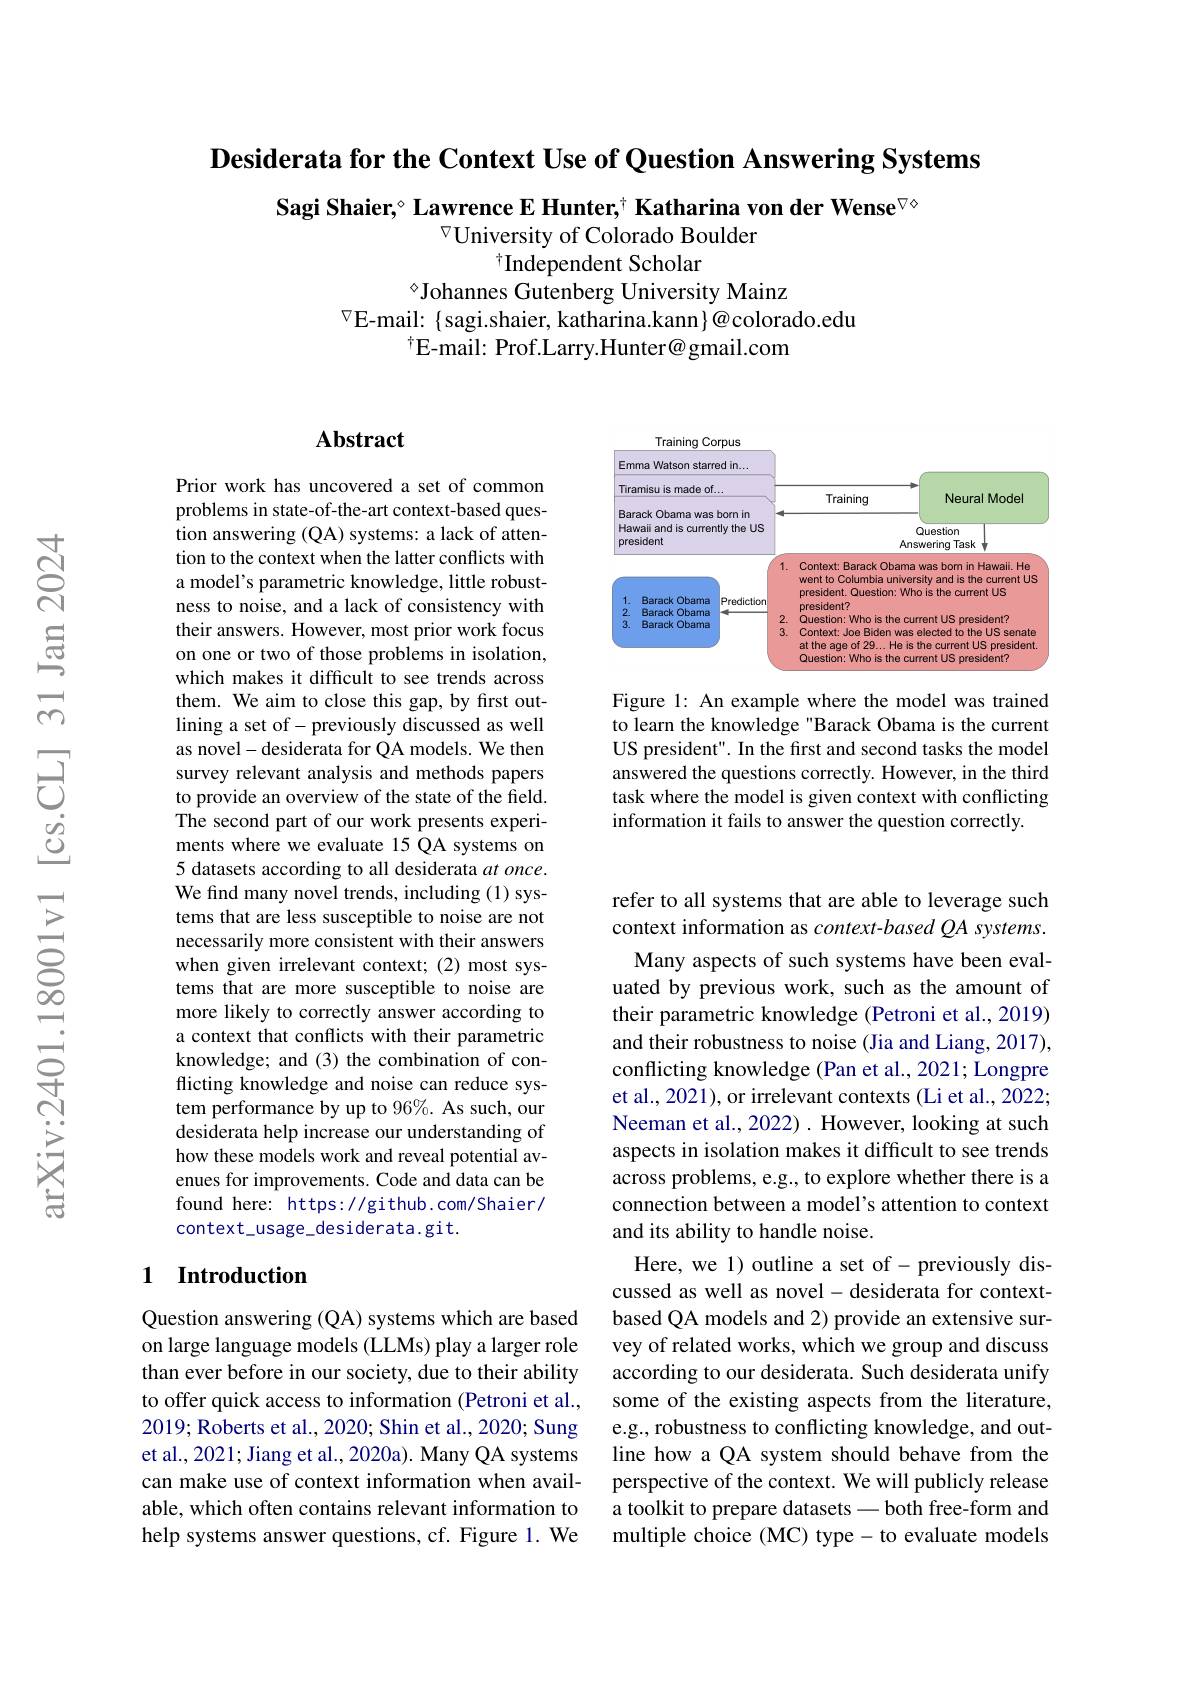
Desiderata for the Context Use of Question Answering Systems

Sagi Shaier,° Lawrence E Hunter, $^{\dagger}$ Katharina von der Wense$^{\nabla\diamond}$
$^{\triangledown}$University of Colorado Boulder
$^{\dagger}$Independent Scholar

$^{\diamond}$Johannes Gutenberg University Mainz
$^{\nabla}$E-mail: { sagi.shaier, katharina.kann}@{ colorado.edu
$^{\dagger}$E-mail: Prof.Larry.Hunter@gmail.com

<FigureHere>

Figure 1: An example where the model was trained to learn the knowledge "Barack Obama is the current US president". In the first and second tasks the model answered the questions correctly. However, in the third task where the model is given context with conflicting information it fails to answer the question correctly.

## Abstract

Prior work has uncovered a set of common problems in state-of-the-art context-based question answering (QA) systems: a lack of attention to the context when the latter conflicts with a model's parametric knowledge, little robustness to noise, and a lack of consistency with their answers. However, most prior work focus on one or two of those problems in isolation, which makes it difficult to see trends across them. We aim to close this gap, by first outlining a set of- previously discussed as well as novel-desiderata for QA models. We then survey relevant analysis and methods papers to provide an overview of the state of the field. The second part of our work presents experiments where we evaluate 15 QA systems on 5 datasets according to all desiderata $at\textit{once. }$ We find many novel trends, including (1) systems that are less susceptible to noise are not necessarily more consistent with their answers when given irrelevant context; (2) most systems that are more susceptible to noise are more likely to correctly answer according to a context that conflicts with their parametric knowledge; and (3) the combination of conflicting knowledge and noise can reduce system performance by up to 96%. As such, our desiderata help increase our understanding of how these models work and reveal potential avenues for improvements. Code and data can be found here: https://github.com/Shaier/ context\_usage\_desiderata.git.

## 1 Introduction

Question answering (QA) systems which are based on large language models (LLMs) play a larger role than ever before in our society, due to their ability to offer quick access to information (Petroni et al., 2019; Roberts et al., 2020; Shin et al., 2020; Sung et al., 2021; Jiang et al., 2020a). Many QA systems can make use of context information when available, which often contains relevant information to help systems answer questions, cf. Figure 1. We

refer to all systems that are able to leverage such context information as $context-basedQA$ systems.
Many aspects of such systems have been evaluated by previous work, such as the amount of their parametric knowledge (Petroni et al., 2019) and their robustness to noise (Jia and Liang, 2017), conflicting knowledge (Pan et al., 2021; Longpre et al., 2021), or irrelevant contexts (Li et al., 2022; Neeman et al., 2022) . However, looking at such aspects in isolation makes it difficult to see trends across problems, e.g., to explore whether there is a connection between a model's attention to context and its ability to handle noise.
Here, we 1) outline a set of- previously discussed as well as novel- desiderata for contextbased QA models and 2) provide an extensive survey of related works, which we group and discuss according to our desiderata. Such desiderata unify some of the existing aspects from the literature, e.g., robustness to conflicting knowledge, and outline how a QA system should behave from the perspective of the context. We will publicly release a toolkit to prepare datasets -both free-form and multiple choice (MC) type- to evaluate models